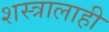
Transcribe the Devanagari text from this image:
शस्त्रालाही